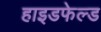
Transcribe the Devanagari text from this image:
हाइडफेल्ड